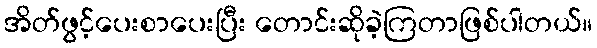
အိတ်ဖွင့်ပေးစာပေးပြီး တောင်းဆိုခဲ့ကြတာဖြစ်ပါတယ်။